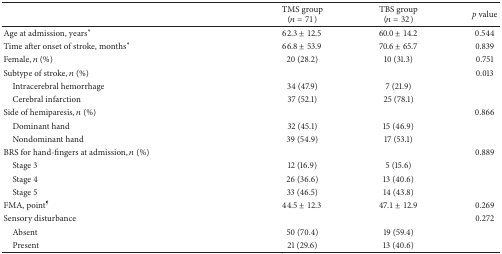
<table><thead><tr><td><b> </b></td><td><b>TMS group(<i>n</i> = 71)</b></td><td><b>TBS group(<i>n</i> = 32)</b></td><td><b><i>p</i> value</b></td></tr></thead><tbody><tr><td>Age at admission, years<sup><i>∗</i></sup></td><td>62.3 ± 12.5</td><td>60.0 ± 14.2</td><td>0.544</td></tr><tr><td>Time after onset of stroke, months<sup><i>∗</i></sup></td><td>66.8 ± 53.9</td><td>70.6 ± 65.7</td><td>0.839</td></tr><tr><td>Female, <i>n</i> (%)</td><td>20 (28.2)</td><td>10 (31.3)</td><td>0.751</td></tr><tr><td>Subtype of stroke, <i>n</i> (%)</td><td> </td><td> </td><td>0.013</td></tr><tr><td> Intracerebral hemorrhage</td><td>34 (47.9)</td><td>7 (21.9)</td><td> </td></tr><tr><td> Cerebral infarction</td><td>37 (52.1)</td><td>25 (78.1)</td><td> </td></tr><tr><td>Side of hemiparesis, <i>n</i> (%)</td><td> </td><td> </td><td>0.866</td></tr><tr><td> Dominant hand</td><td>32 (45.1)</td><td>15 (46.9)</td><td> </td></tr><tr><td> Nondominant hand</td><td>39 (54.9)</td><td>17 (53.1)</td><td> </td></tr><tr><td>BRS for hand-fingers at admission, <i>n</i> (%)</td><td> </td><td> </td><td>0.889</td></tr><tr><td> Stage 3</td><td>12 (16.9)</td><td>5 (15.6)</td><td> </td></tr><tr><td> Stage 4</td><td>26 (36.6)</td><td>13 (40.6)</td><td> </td></tr><tr><td> Stage 5</td><td>33 (46.5)</td><td>14 (43.8)</td><td> </td></tr><tr><td>FMA, point<sup>¶</sup></td><td>44.5 ± 12.3</td><td>47.1 ± 12.9</td><td>0.269</td></tr><tr><td>Sensory disturbance</td><td> </td><td> </td><td>0.272</td></tr><tr><td> Absent</td><td>50 (70.4)</td><td>19 (59.4)</td><td> </td></tr><tr><td> Present</td><td>21 (29.6)</td><td>13 (40.6)</td><td> </td></tr></tbody></table>